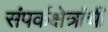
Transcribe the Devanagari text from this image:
संपर्कक्षेत्रांची